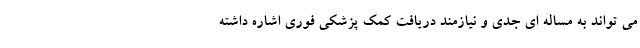
می تواند به مساله ای جدی و نیازمند دریافت کمک پزشکی فوری اشاره داشته